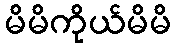
မိမိကိုယ်မိမိ